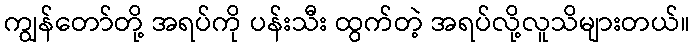
ကျွန်တော်တို့ အရပ်ကို ပန်းသီး ထွက်တဲ့ အရပ်လို့လူသိများတယ်။